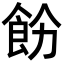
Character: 𩚝